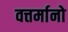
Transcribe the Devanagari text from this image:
वत्तर्मानो